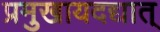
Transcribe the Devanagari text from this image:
प्रमुखायदद्यात्